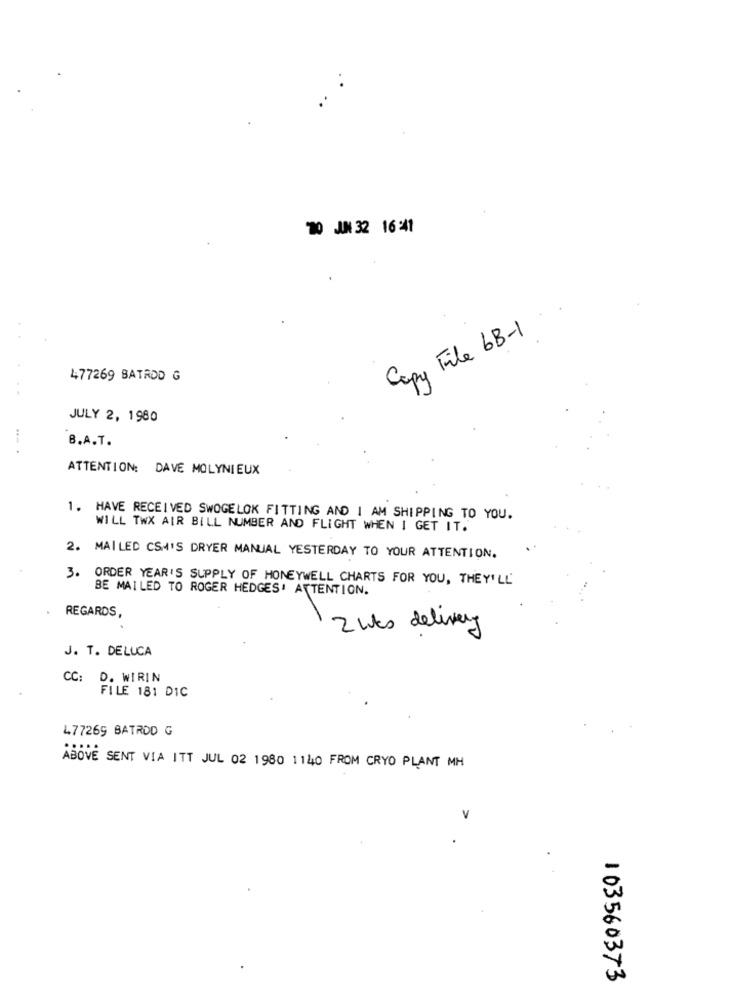
20 JUN 32 16 :41
Copy File 6B-1
477269 BATRDD G
JULY 2, 1980
B.A.T.
ATTENTION: DAVE MOLYNIEUX
1. HAVE RECEIVED SWOGELOK FITTING AND I AM SHIPPING TO YOU.
WILL TWX AIR BILL NUMBER AND FLIGHT WHEN I GET IT.
2. MAILED CSA'S DRYER MANUAL YESTERDAY TO YOUR ATTENTION.
3.
ORDER YEAR'S SUPPLY OF HONEYWELL CHARTS FOR YOU, THEY'LL
BE MAILED TO ROGER HEDGES' ATTENTION.
REGARDS,
2 Wks delivery
J. T. DELUCA
CC: D. WIRIN
FILE 181 DIC
477269 BATROD G
ABOVE SENT VIA ITT JUL 02 1980 1140 FROM CRYO PLANT MH
V
103560373